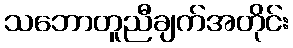
သဘောတူညီချက်အတိုင်း